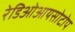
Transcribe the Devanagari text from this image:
रेडिओआयसोटोप